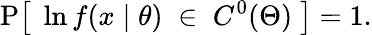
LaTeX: \operatorname{P}\! {\big[}\; \ln f(x\mid\theta)\; \in\; C^{0}(\Theta)\; {\big]}=1.